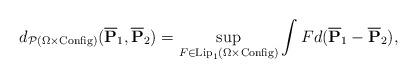
LaTeX: \begin{align*} d_{\mathcal{P}(\Omega \times {\rm Config})} ( \overline{\mathbf{P}}_{1}, \overline{\mathbf{P}}_{2}) = \sup_{F \in {\rm Lip}_{1}(\Omega \times {\rm Config})} \int F d ( \overline{\mathbf{P}}_{1} - \overline{\mathbf{P}}_{2}),\end{align*}